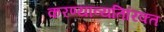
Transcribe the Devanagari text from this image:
करण्याव्यतिरिक्त